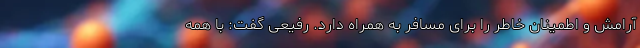
آرامش و اطمینان خاطر را برای مسافر به همراه دارد. رفیعی گفت: با همه